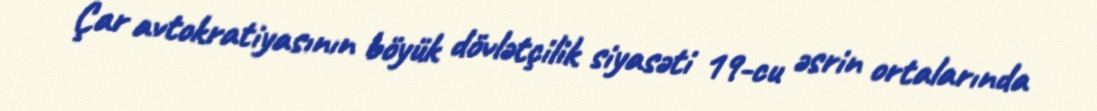
Çar avtokratiyasının böyük dövlətçilik siyasəti 19-cu əsrin ortalarında